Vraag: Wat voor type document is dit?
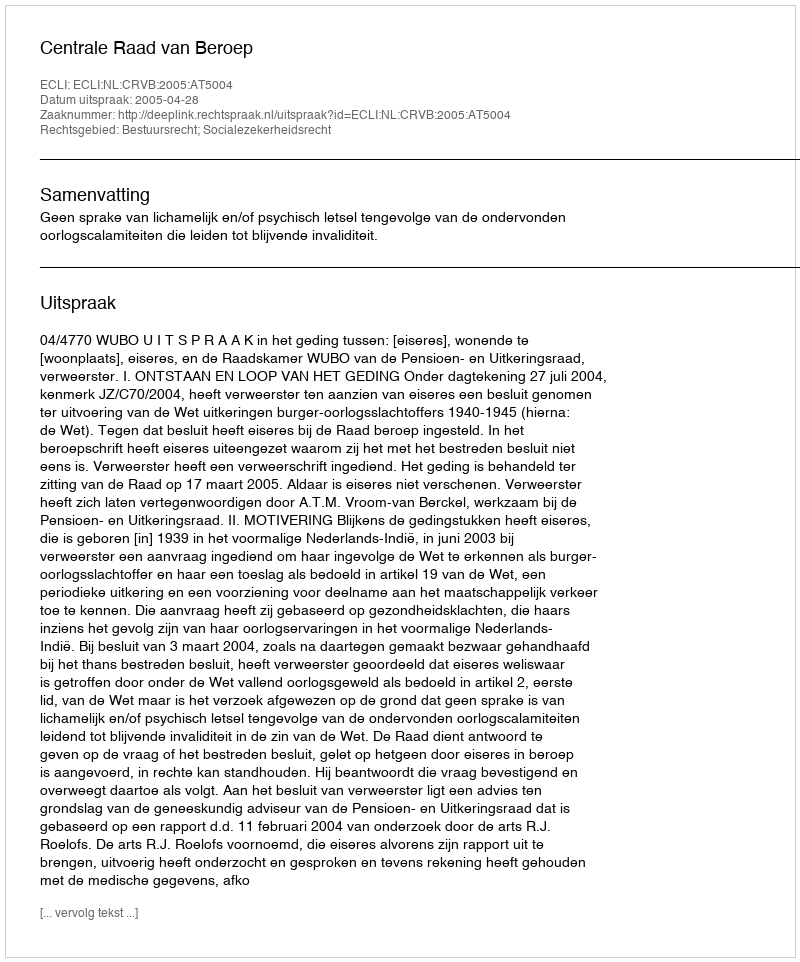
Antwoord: Uitspraak